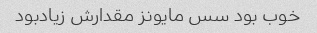
خوب بود سس مایونز مقدارش زیادبود